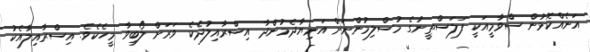
އަނެއްކޮޅުން ސްވާމީއަކީ ފަލަސްތީނުގެ މުސްލިމުންނަށް އަނިޔާދެމުންދާ އިސްރާއިލުދެކެ ވަރަށް ލޯބިވާ މީހެކެވެ. އިސްރާއިލާއެކު